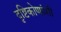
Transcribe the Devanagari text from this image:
दृष्टिकोणांशी